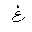
Letter: _gayn